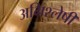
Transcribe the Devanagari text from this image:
अभिश्लेषी